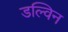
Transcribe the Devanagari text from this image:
डल्विन